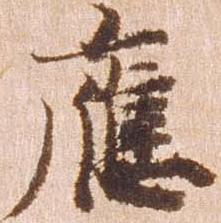
応